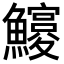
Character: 𩼵